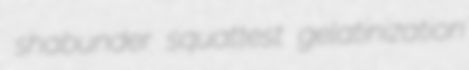
shabunder squattest gelatinization